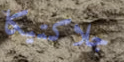
جلاكتيكا